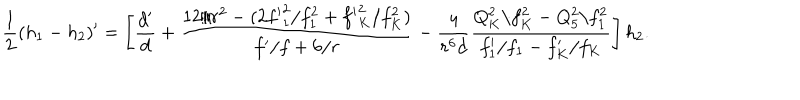
{ \frac { 1 } { 2 } } ( h _ { 1 } - h _ { 2 } ) ^ { \prime } = \left[ { \frac { d ^ { \prime } } { d } } + { \frac { 1 2 / r ^ { 2 } - ( 2 { f ^ { \prime } } _ { 1 } ^ { 2 } / f _ { 1 } ^ { 2 } + { f ^ { \prime } } _ { K } ^ { 2 } / f _ { K } ^ { 2 } ) } { f ^ { \prime } / f + 6 / r } } - { \frac { 4 } { r ^ { 6 } d } } { \frac { Q _ { K } ^ { 2 } / f _ { K } ^ { 2 } - Q _ { 5 } ^ { 2 } / f _ { 1 } ^ { 2 } } { f _ { 1 } ^ { \prime } / f _ { 1 } - f _ { K } ^ { \prime } / f _ { K } } } \right] h _ { 2 } .